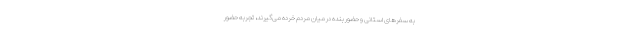
به سفرهای استانی و حضور بنده در میان مردم خرده می‌گیرند، تجربه حضور